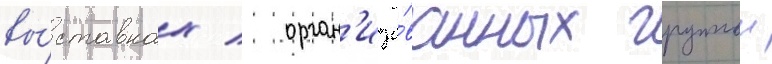
вы́ставках / орган'изо́ванных группои